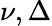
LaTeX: \nu,\Delta